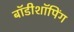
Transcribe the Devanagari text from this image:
बॉडीशॉपिंग